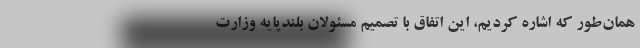
همان‌طور که اشاره کردیم، این اتفاق با تصمیم مسئولان بلندپایه وزارت